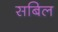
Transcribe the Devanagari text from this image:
सबिल